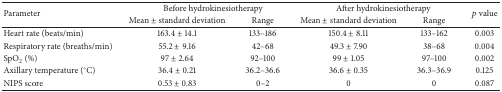
| <ROWSPAN=2> Parameter | <COLSPAN=2> Before hydrokinesiotherapy | <COLSPAN=2> After hydrokinesiotherapy | <ROWSPAN=2> p value |
 | Mean ± standard deviation | Range | Mean ± standard deviation | Range |
 | --- | --- | --- | --- | --- | --- |
 | Heart rate (beats/min) | 163.4 ± 14.1 | 133–186 | 150.4 ± 8.11 | 133–162 | 0.003 |
 | Respiratory rate (breaths/min) | 55.2 ± 9.16 | 42–68 | 49.3 ± 7.90 | 38–68 | 0.004 |
 | SpO2 (%) | 97 ± 2.64 | 92–100 | 99 ± 1.05 | 97–100 | 0.002 |
 | Axillary temperature (°C) | 36.4 ± 0.21 | 36.2–36.6 | 36.6 ± 0.35 | 36.3–36.9 | 0.125 |
 | NIPS score | 0.53 ± 0.83 | 0–2 | 0 | 0 | 0.087 |